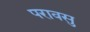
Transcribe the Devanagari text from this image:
परावसु